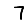
Digit: 7